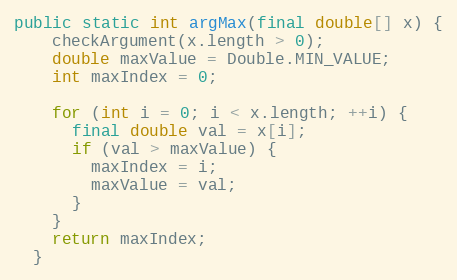
Language: Java
public static int argMax(final double[] x) {
    checkArgument(x.length > 0);
    double maxValue = Double.MIN_VALUE;
    int maxIndex = 0;

    for (int i = 0; i < x.length; ++i) {
      final double val = x[i];
      if (val > maxValue) {
        maxIndex = i;
        maxValue = val;
      }
    }
    return maxIndex;
  }